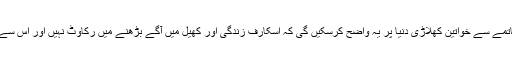
خط میں اقوامِ متحدہ کے مشیر نے لکھا ہے کہ پابندی کے خاتمے سے خواتین کھلاڑی دنیا پر یہ واضح کرسکیں گی کہ اسکارف زندگی اور کھیل میں آگے بڑھنے میں رکاوٹ نہیں اور اس سے صنفی امتیاز کے رویوں میں تبدیلی لانے میں مدد ملے گی۔